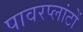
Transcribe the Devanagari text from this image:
पावरप्लांटों